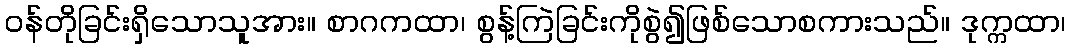
ဝန်တိုခြင်းရှိသောသူအား။ စာဂကထာ၊ စွန့်ကြဲခြင်းကိုစွဲ၍ဖြစ်သောစကားသည်။ ဒုက္ကထာ၊